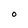
Character: O